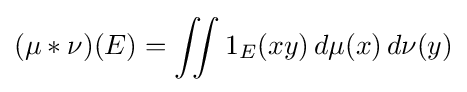
(\mu *\nu )(E)=\iint 1_{E}(xy)\,d\mu (x)\,d\nu (y)